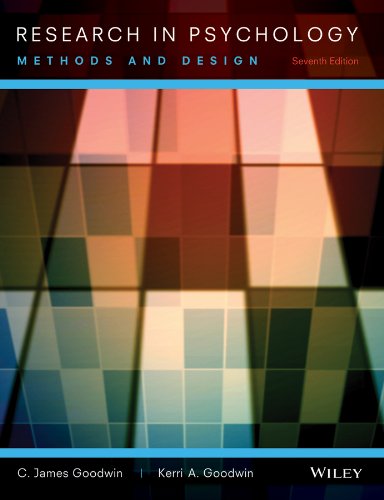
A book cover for Research In Psychology: Methods and Design; C. James Goodwin; Medical Books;